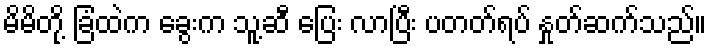
မိမိတို့ ခြံထဲက ခွေးက သူ့ဆီ ပြေး လာပြီး ပတတ်ရပ် နှုတ်ဆက်သည်။